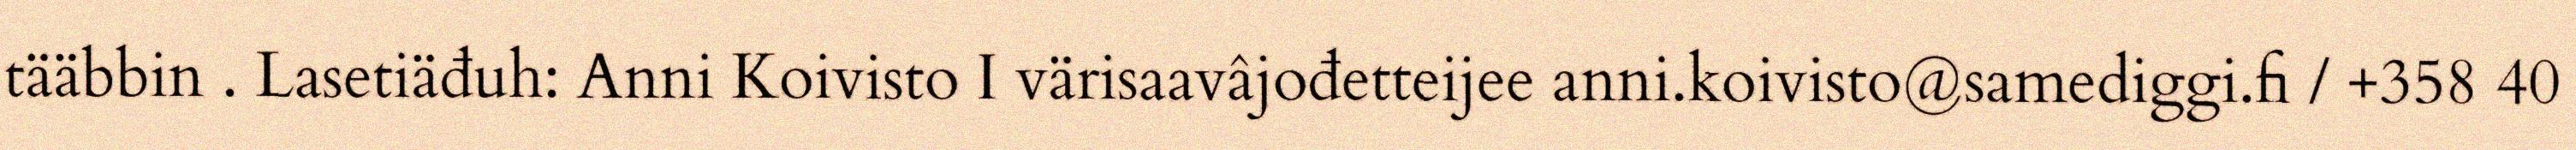
tääbbin . Lasetiäđuh: Anni Koivisto I värisaavâjođetteijee anni.koivisto@samediggi.fi / +358 40